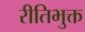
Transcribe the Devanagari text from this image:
रीतिभुक्त